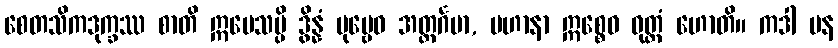
စေတသိကဒုက္ခဿ စာတိ ဣမေသမ္ပိ ဒွိန္နံ ပုဗ္ဗေဝ အတ္ထင်္ဂမာ, ပဟာနာ ဣစ္စေဝ ဝုတ္တံ ဟောတိ။ ကဒါ ပန